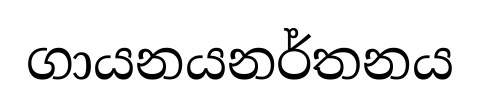
ගායනයනර්තනය